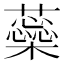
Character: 蘂